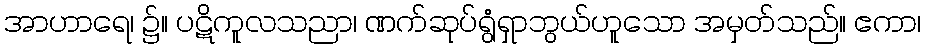
အာဟာရေ၊ ၌။ ပဋိကူလသညာ၊ ဏက်ဆုပ်ရွံရှာဘွယ်ဟူသော အမှတ်သည်။ ဧကာ၊